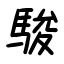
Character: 駿